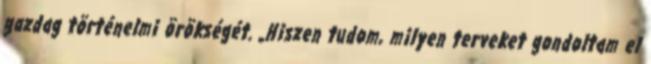
gazdag történelmi örökségét. „Hiszen tudom, milyen terveket gondoltam el